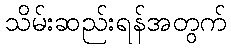
သိမ်းဆည်းရန်အတွက်